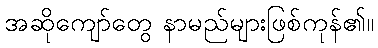
အဆိုကျော်တွေ နာမည်များဖြစ်ကုန်၏။